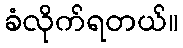
ခံလိုက်ရတယ်။